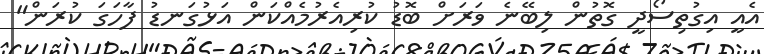
އެއީ އިގުތިސޯދީ ގޮތުން ލިބޭނެ ވަރަށް ބޮޑު ކުރިއެރުމެއްކަން އަޅުގަނޑު ފާހަގަ ކުރަން"